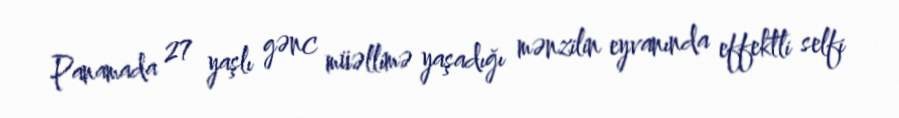
Panamada 27 yaşlı gənc müəllimə yaşadığı mənzilin eyvanında effektli selfi